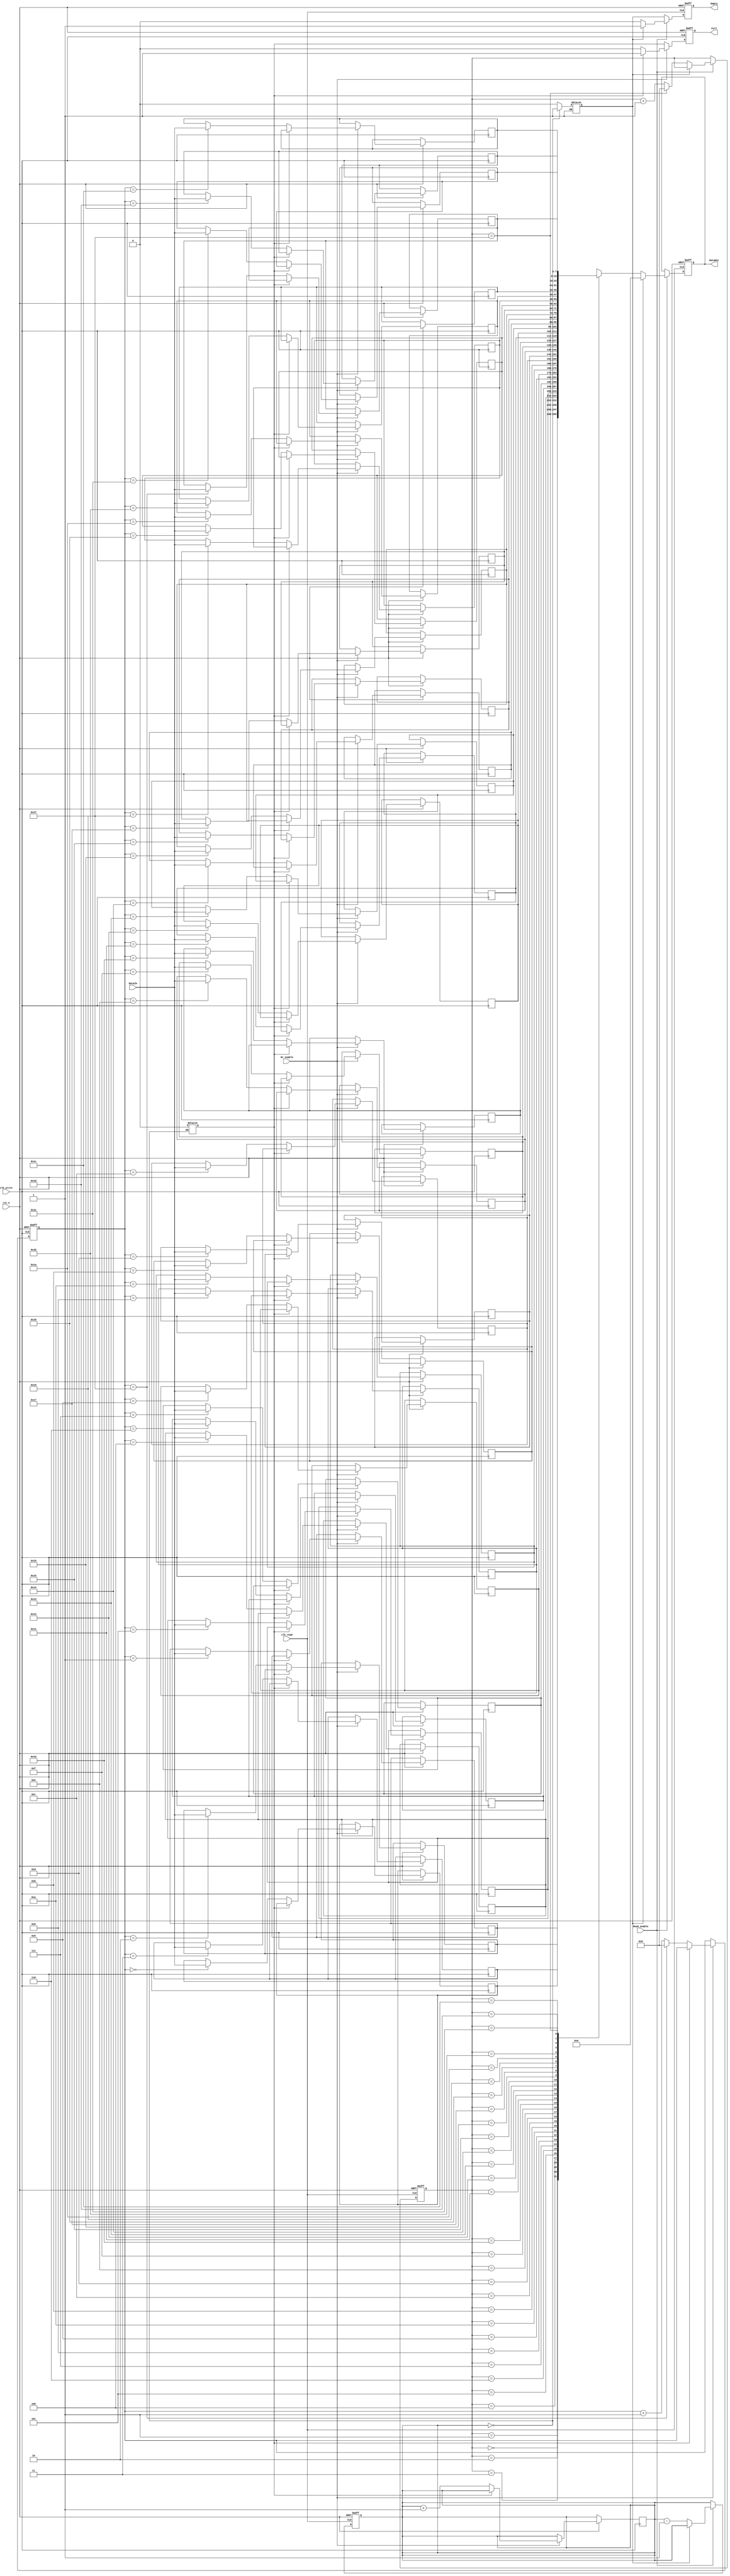
module FIFO #(parameter ADDR_WIDTH = 5, DATA_WIDTH = 8 )(
    input                       clk_read,
    input                       clk_write,
    input                       rst_n, /*when high, the control functions are cleared , output remains
                                        in the state of the last word shifted out*/
    input [DATA_WIDTH-1:0]      DataIn,   /*Parallel data input*/
    input                       Wr_enable, /*1-> Data is loaded into reg , shift data in*/
    input                       Read_enable, /*1 -> empties locations, shift data out*/
    output reg [DATA_WIDTH-1:0] DataOut, /*Data Output*/
    output reg                  Empty, /*empty signal synchronized with the read clk
                                         High when the read addr = that of the write addr*/
    output reg                  Full /*full signal synchronized with the write clk
                                       High when the write addr = that of the read addr*/
);
	reg [DATA_WIDTH-1:0] dataReg [(2**ADDR_WIDTH)-1:0]; 
	
	reg [ADDR_WIDTH-1:0] w_addr, /*Memory addr of incoming data*/
	                     r_addr; /*Memory addr of data to be read out*/
	                     /*after reset both indicate the same memory location*/
	reg [ADDR_WIDTH-1:0] counter;
	reg                  full_reg, empty_reg;

	                     
always @(posedge clk_read or negedge rst_n) begin : Read_Control
        if (~rst_n) begin
        r_addr  <= 0;
        Empty   <= 1;
        DataOut <= 0;
        counter <= 0;
        end
        else if (Read_enable) begin
                if (empty_reg) begin
                    Empty   <= 1;
                    DataOut <= 0;
                end
                else begin
                    Empty   <= 0;
                    DataOut <= dataReg[r_addr];
                    counter <= counter - 1;
                    if (r_addr == (2**ADDR_WIDTH)-1) begin
                        r_addr <= 0;
                    end
                    else begin
                        r_addr  <= r_addr + 1;
                    end    
                end       
        end
        else Empty   <= empty_reg;
    end
    
    always @(posedge clk_write or negedge rst_n) begin : Write_Control
        if (~rst_n) begin
        w_addr   <= 0;
        Full     <= 0;
        end
        else if (Wr_enable) begin
                if (full_reg) begin
                    Full <= 1;
                end
                else begin
                    Full <= 0;    
                    dataReg[w_addr] <= DataIn;
                    counter         <= counter + 1;
                    if (w_addr == (2**ADDR_WIDTH) - 1) begin
                        w_addr <= 0;
                    end
                    else begin
                            w_addr <= w_addr + 1;
                    end    
                end   
        end
        else Full <= full_reg;
    end

    always @(counter) begin : Flag_Logic
        if (counter == (2**ADDR_WIDTH)) begin //TODO: if it's compared with (2**ADDR_WIDTH) - 1 ,
            //     the full flag will be high but before data is written
            //      with this implementation, I wasn't able to test the full flag ,
            //       but the data is written  correctly
            full_reg = 1;
        end
        else if (counter == 0 ) begin
            empty_reg = 1;
        end
        else begin
                full_reg  = 0;
                empty_reg = 0;
        end
    end
    
	
endmodule